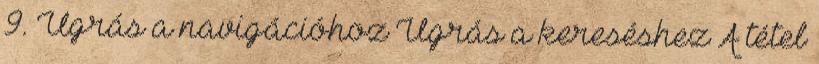
9. Ugrás a navigációhoz Ugrás a kereséshez A tétel